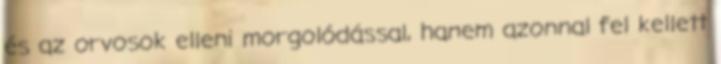
és az orvosok elleni morgolódással, hanem azonnal fel kellett